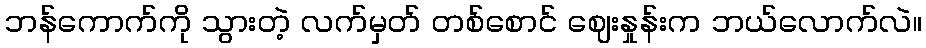
ဘန်ကောက်ကို သွားတဲ့ လက်မှတ် တစ်စောင် ဈေးနှုန်းက ဘယ်လောက်လဲ။